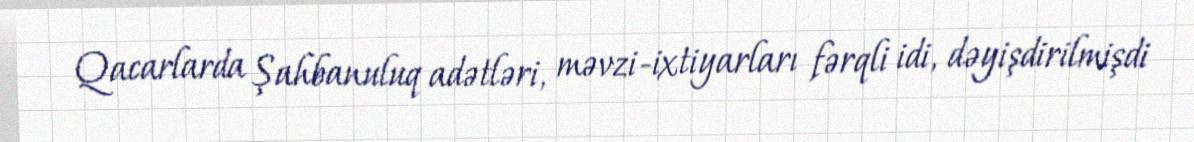
Qacarlarda Şahbanuluq adətləri, məvzi-ixtiyarları fərqli idi, dəyişdirilmişdi